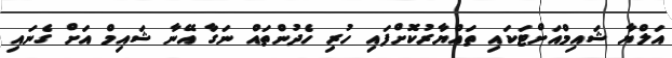
އަލްޔާ ޝައިމްއަށްޓަކައި ތައްޔާރުކޮށްފައި ހުރި ހެދުންތައް ނަގާ އޭނާ ޝައިމް އަށް ގެނައި